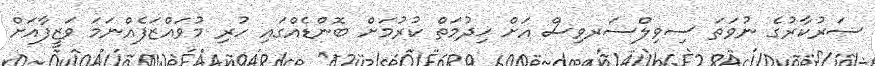
ސަރުކާރުގެ ނުވަތަ ސިވިލްސަރވިސް އަށް ޚިދުމަތް ކުރުމަށް ބޮންޑެއްގައި ހުރި މުވައްޒަފެއްނަމަ ވަޒީފާއަށް